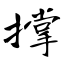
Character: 撑